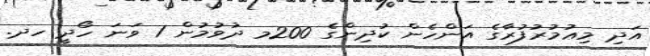
އަދި މިޢުމުރުފުރާގެ އަންހެން ކުދިންގެ 200މ ދުވުމުން 1 ވަނަ ހޯދީ ހދ.